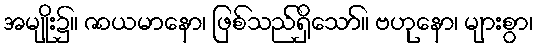
အမျိုး၌။ ဇာယမာနော၊ ဖြစ်သည်ရှိသော်။ ဗဟုနော၊ များစွာ၊